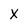
Character: x